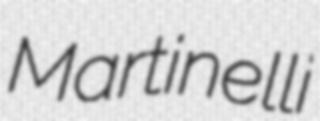
Martinelli